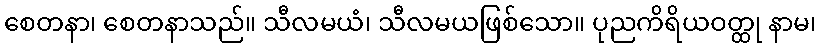
စေတနာ၊ စေတနာသည်။ သီလမယံ၊ သီလမယဖြစ်သော။ ပုညကိရိယဝတ္ထု နာမ၊